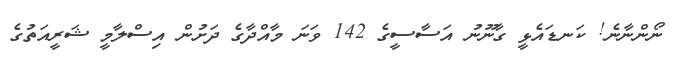
ނޯންނާނެ! ކަނޑައެޅީ ގާނޫނު އަސާސީގެ 142 ވަނަ މާއްދާގެ ދަށުން އިސްލާމީ ޝަރީއަތުގެ